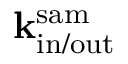
{ \bf k } _ { \mathrm { i n / o u t } } ^ { \mathrm { s a m } }